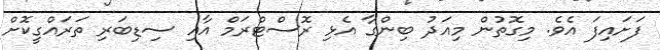
ފަށައިފަ އެވެ. މިގޮތުން މިއަދު ބިންގާ އެޅި ރޮސްޓްރަމް އާއި ސިޑިބަރި ތަރައްގީކޮށް